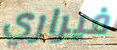
فيراري